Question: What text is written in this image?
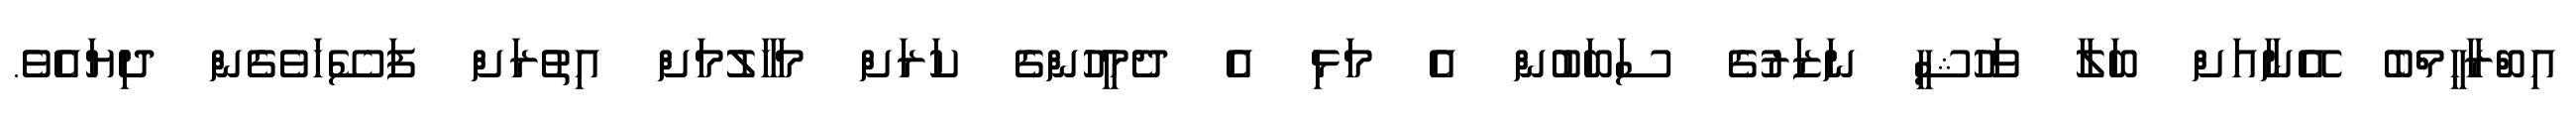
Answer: އިބްރާހީމްބެ އޭނާއަށް ބަލާ ވަހުޝީ ނަޒަރުގެ ސަބަބުން އެ މަޅި އެ ދެމީހުންގެ ކަރަށް މަހާލުމަށް އިތުރަށް ފަސޭހަވެގެން ދިޔައެވެ.